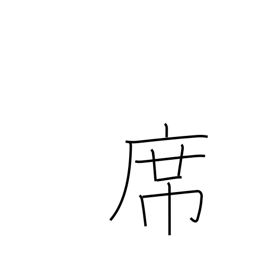
Meaning: seat